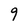
Character: 9